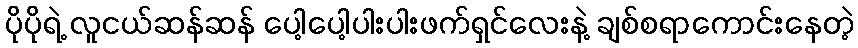
ပိုပိုရဲ့ လူငယ်ဆန်ဆန် ပေါ့ပေါ့ပါးပါးဖက်ရှင်လေးနဲ့ ချစ်စရာကောင်းနေတဲ့